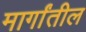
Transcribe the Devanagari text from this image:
मार्गांतील